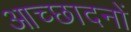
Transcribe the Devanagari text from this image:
आच्छादनों